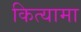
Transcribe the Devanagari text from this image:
कित्यामा